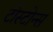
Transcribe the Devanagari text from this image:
टोस्टोन्स